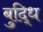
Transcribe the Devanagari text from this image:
बुद्धि